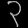
Digit: ၃